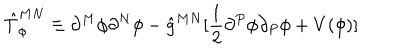
\hat { T } _ { \phi } ^ { M N } \equiv \partial ^ { M } \phi \partial ^ { N } \phi - \hat { g } ^ { M N } [ \frac { 1 } { 2 } \partial ^ { P } \phi \partial _ { P } \phi + V ( \phi ) ]